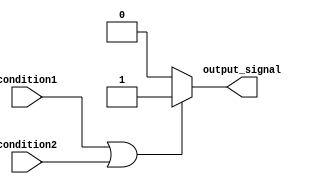
module if_else_logic_OR (
    input wire condition1,
    input wire condition2,
    output reg output_signal
);

always @(*)
begin
    if (condition1 || condition2) begin
        output_signal <= 1'b1; // execute this block if at least one condition is true
    end
    else begin
        output_signal <= 1'b0; // execute this block if none of the conditions are true
    end
end

endmodule